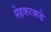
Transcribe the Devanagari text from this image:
मेहकरकडे